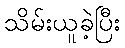
သိမ်းယူခဲ့ပြီး